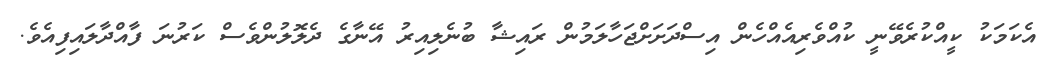
އެކަމަކު ކީއްކުރެވޭނީ ކުއްވެރިއެއްހެން އިސްދަށަށްޖަހާލަމުން ރައިޝާ ބުނެލިއިރު އޭނާގެ ދެލޮލުންވެސް ކަރުނަ ފާއްދާލައިފިއެވެ.